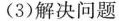
(3)解决问题